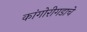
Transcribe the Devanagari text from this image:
कांगोरीगडाचे